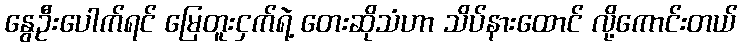
နွေဦးပေါက်ရင် မြေတူးငှက်ရဲ့ တေးဆိုသံဟာ သိပ်နားထောင် လို့ကောင်းတယ်